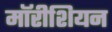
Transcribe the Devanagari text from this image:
मॉरीशियन